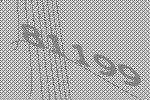
81199